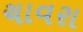
ચાવરા